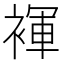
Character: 褌